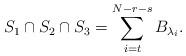
LaTeX: \begin{align*}S_1\cap S_2\cap S_3 = \sum_{i=t}^{N-r-s} B_{\lambda_i}.\end{align*}